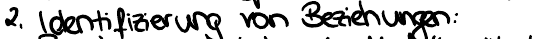
2. Identifizierung von Beziehungen: